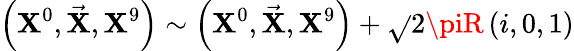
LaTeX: \left(\mathbf{X}^{0},\vec{{\mathbf{X}}},\mathbf{X}^{9}\right)\sim\left(\mathbf{X}^{0},\vec{{\mathbf{X}}},\mathbf{X}^{9}\right)+\sqrt{}{{2}}\piR\left(i,0,1\right)